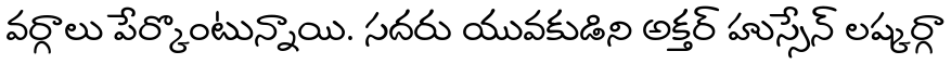
వర్గాలు పేర్కొంటున్నాయి. సదరు యువకుడిని అక్తర్ హుస్సేన్ లష్కర్గా